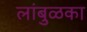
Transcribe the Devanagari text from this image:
लांबुळका